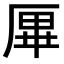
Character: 𠩿